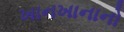
ખાનખાનાનો